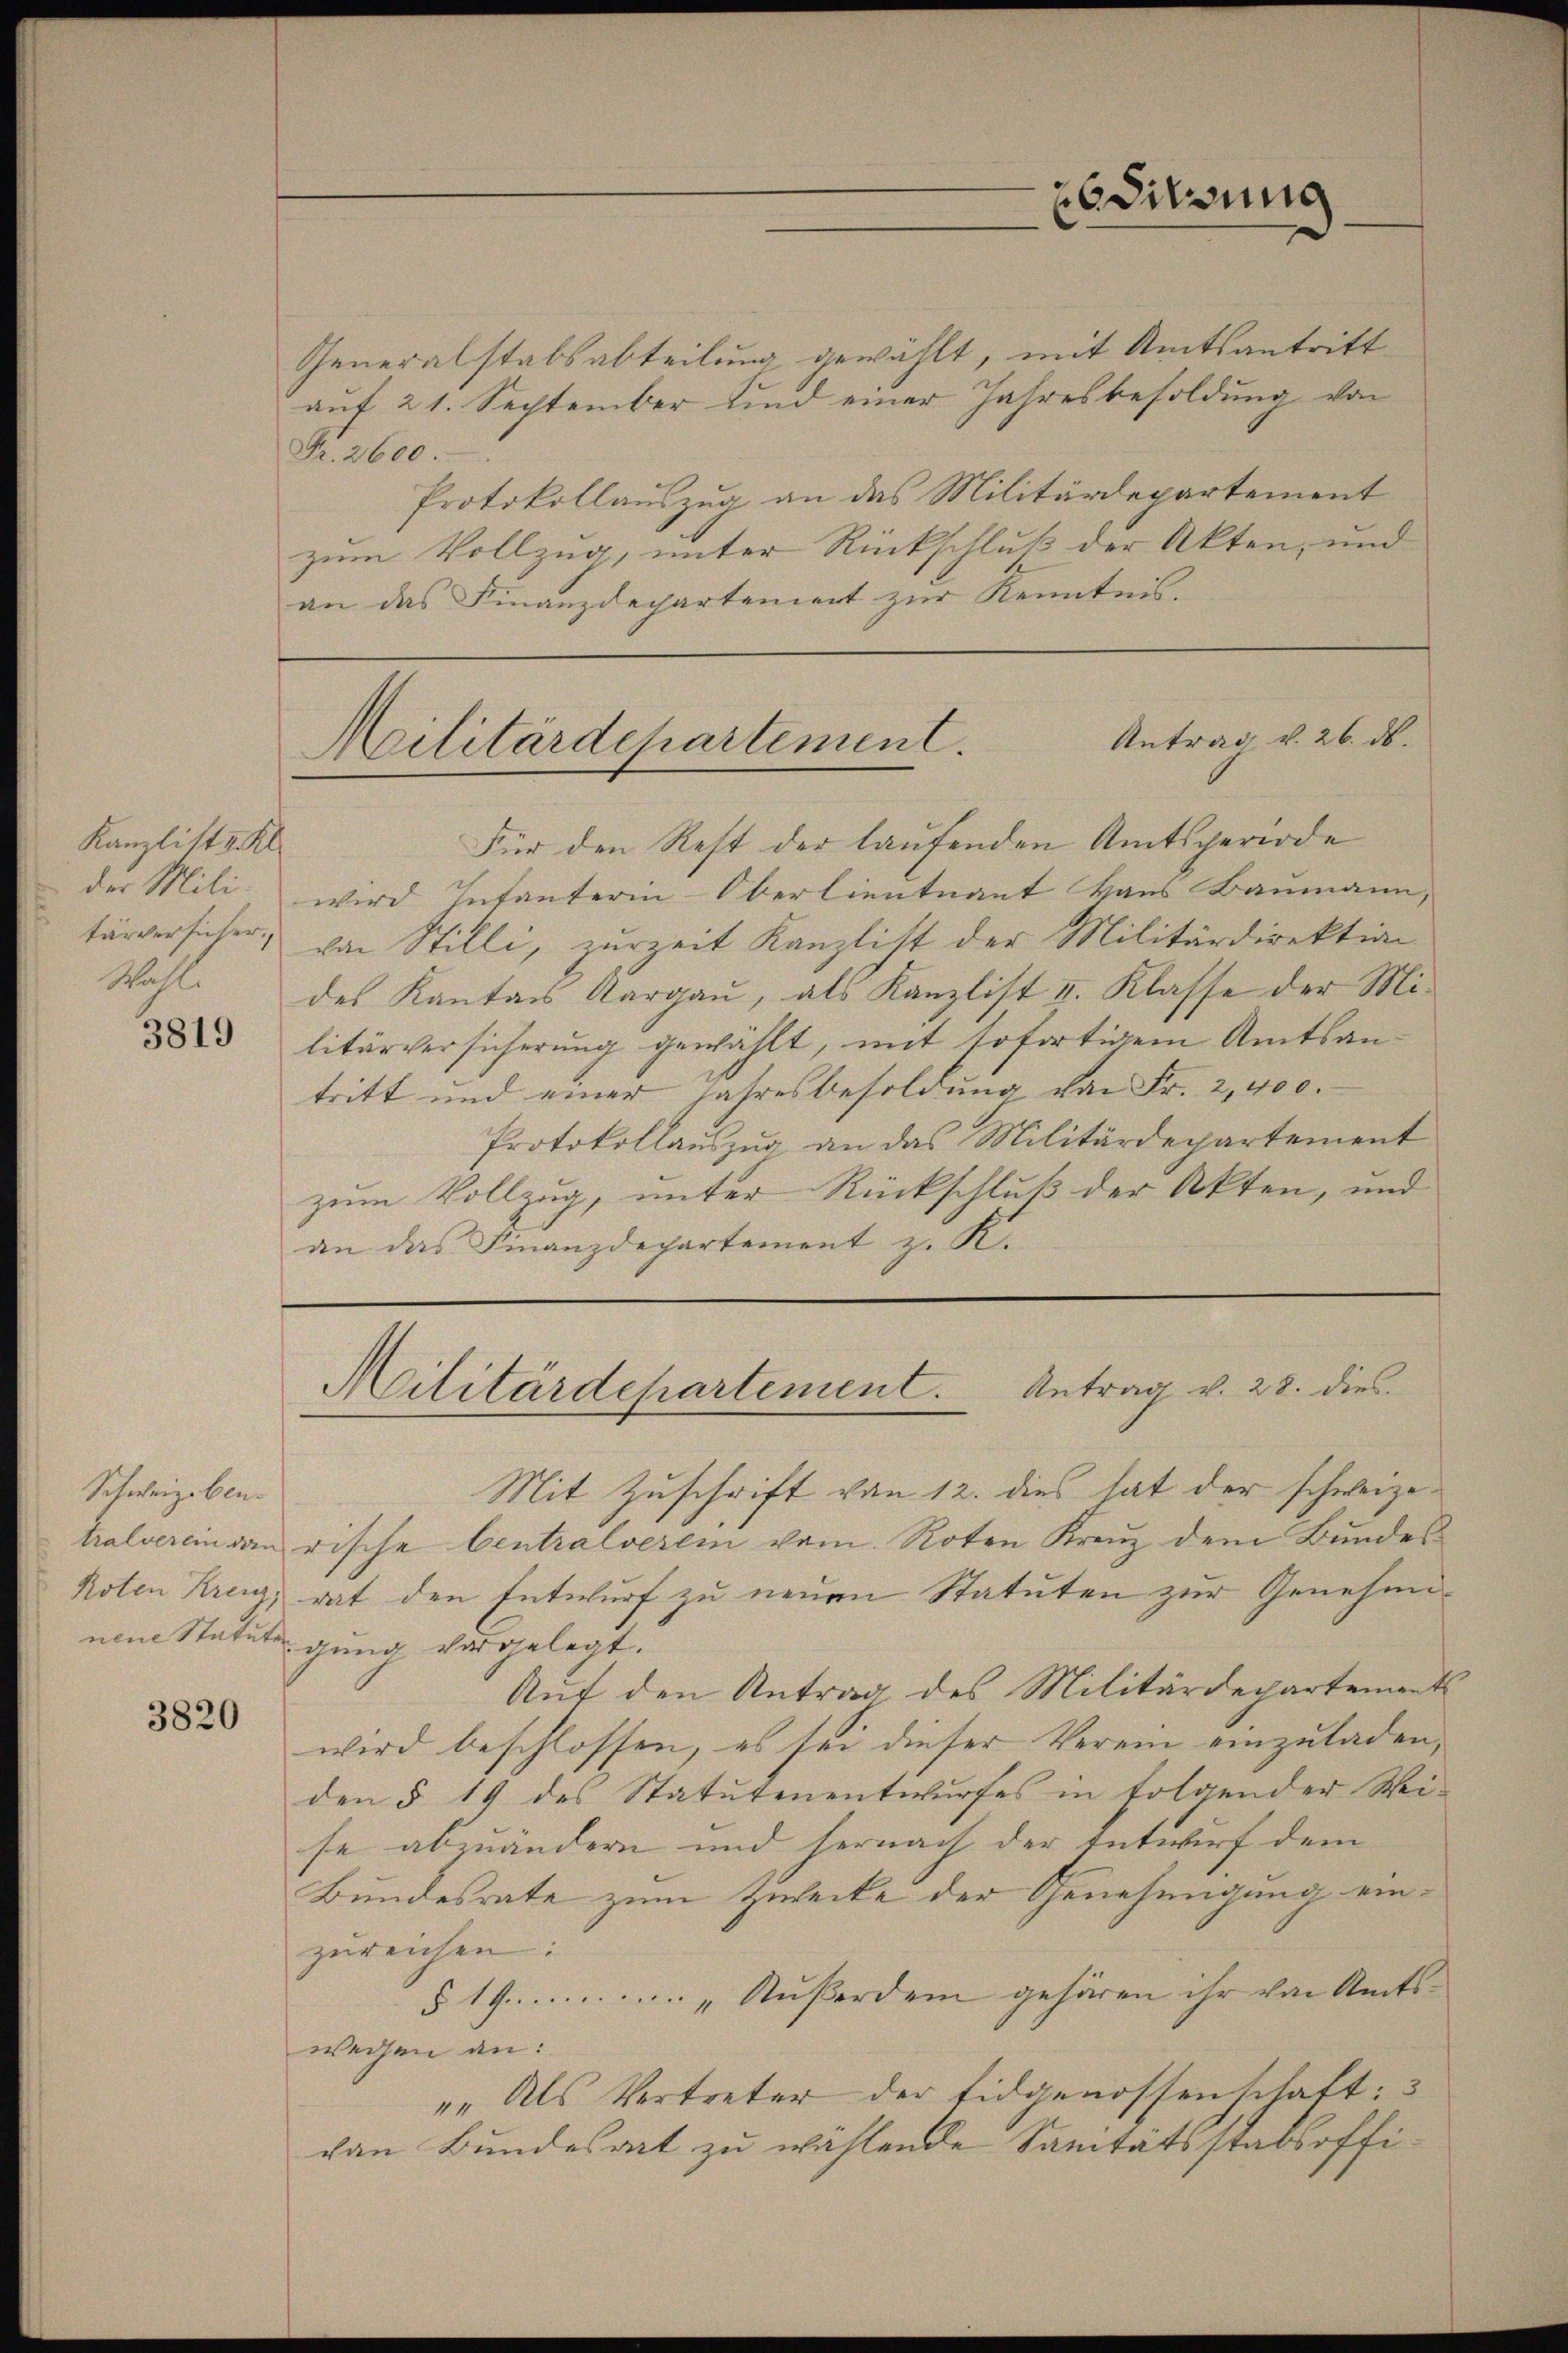
Kanzlist u. Kl
der Mili-
tärversicher.
Woll.

3819

an das Finanzdepartament zur Kenntnis.

Schweizeben.

3820

Generalstabsabteilung gewählt, mit Amtsantritt
auf 21. September und einer Jahresbesoldung von
Fr. 2600.
Protokollauszug an das Militärdepartement
zum Vollzug, unter Rückschluß der Akten, und
Für den Rest der laufenden Amtsperiode
wird Infanterin-Oberlieutnant Haus Baumann,
von Stilli, zurzeit Kanzlist der Militärdirektion
des Kantons Aargaŭ, als Kanzlist I. Klasse der Mi-
litärversicherung gewählt, mit sofortigem Amtsantritt und einer Jahresbesoldung von Fr. 2,400.
Protokollauszug an das Militärdepartement
zum Vollzug, unter Rückschluß der Akten, und
an das Finanzdepartement z. K.

ubditzung

Antrag v. 26. ds.
Militärdepartement.

Mit Zuschrift von 12. dies hat der schweizetralverein den rische Centralverei vom Roten Kreuz dem Bundes
Poten Krenz, rat den Entwurf zu neuen Statuten zur Genehminene Statutengung vorgelegt.
Auf den Antrag des Militärdepartements
wird beschlossen, es sei dieser Verein einzuladen,
den § 19 des Statutenentwurfes in folgender Wei-
se abzuändern und hernach der Entwurf dem
Bundesrate zum Zwecke der Genehmigung einzureichen:
§ 19.......... Außerdem gehören ihr von Amtsweisen an:
"" Als Vertreter der Eidgenossenschaft:
van Bundesrat zu wählende Sanitätsstabsoffi¬

Militärdepartement. Antrag v. 28. dies